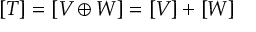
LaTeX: [ T ] = [ V \oplus W ] = [ V ] + [ W ]